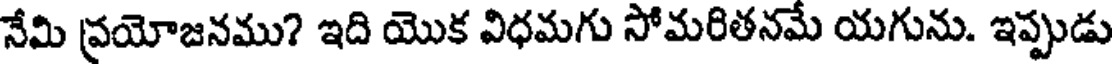
నేమి ప్రయోజనము? ఇది యొక విధమగు సోమరితనమే యగును. ఇప్పుడు